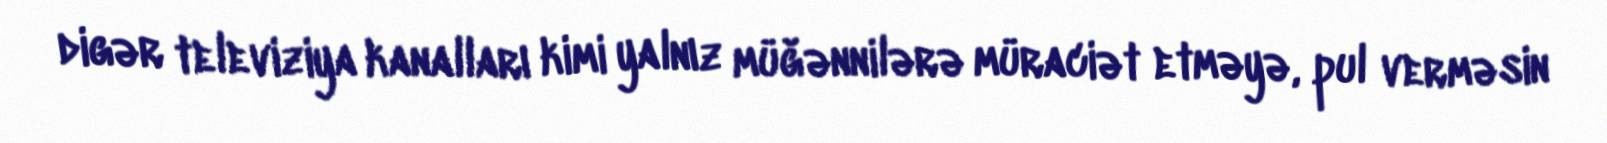
digər televiziya kanalları kimi yalnız müğənnilərə müraciət etməyə, pul verməsin